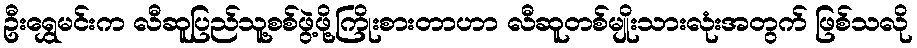
ဦးရွှေမင်းက လီဆူပြည်သူ့စစ်ဖွဲ့ဖို့ကြိုးစားတာဟာ လီဆူတစ်မျိုးသားလုံးအတွက် ဖြစ်သလို